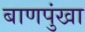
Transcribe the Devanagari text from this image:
बाणपुंखा